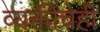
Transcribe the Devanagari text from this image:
व्यक्तींचेही